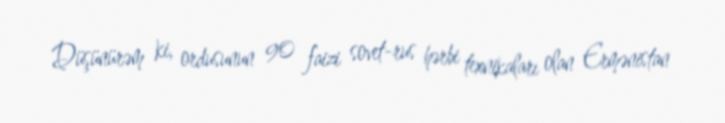
Düşünürəm ki, ordusunun 90 faizi sovet-rus hərbi texnikaları olan Ermənistan